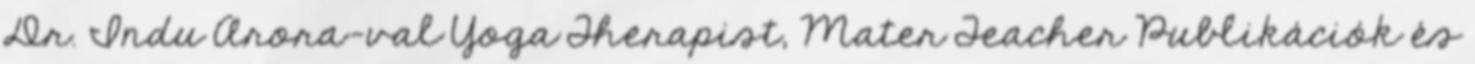
Dr. Indu Arora-val Yoga Therapist, Mater Teacher Publikációk és